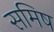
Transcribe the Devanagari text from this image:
समिष